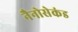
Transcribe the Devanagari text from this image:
नैनोसेकंड